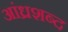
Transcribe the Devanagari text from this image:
आंध्रशब्द